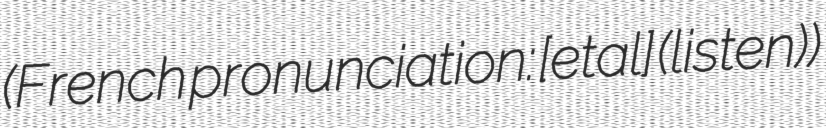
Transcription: (French pronunciation: [etalɔ̃] (listen))